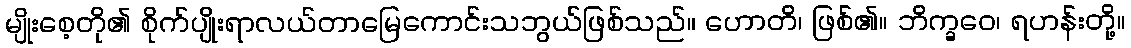
မျိုးစေ့တို၏ စိုက်ပျိုးရာလယ်တာမြေကောင်းသဘွယ်ဖြစ်သည်။ ဟောတိ၊ ဖြစ်၏။ ဘိက္ခဝေ၊ ရဟန်းတို့။